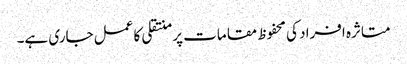
متاثرہ افراد کی محفوظ مقامات پر منتقلی کا عمل جاری ہے۔